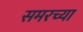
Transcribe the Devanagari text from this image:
समरच्या